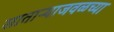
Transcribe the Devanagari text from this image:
साताऱ्याजवळच्या